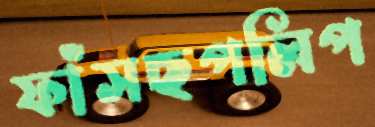
ফাঁসছপলিপ